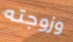
وزوجته